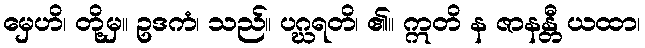
မှေဟိ၊ တို့မှ။ ဥဒကံ၊ သည်။ ပဂ္ဃရတိ၊ ၏။ ဣတိ န ဇာနန္တီ ယထာ၊